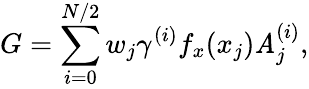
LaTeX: G=\sum_{i=0}^{N/2}w_{j}\gamma^{(i)}f_{x}(x_{j})\mathit{A}_{j}^{(i)},